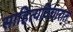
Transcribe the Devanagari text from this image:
साहित्यविचारात